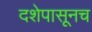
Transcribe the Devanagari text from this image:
दशेपासूनच